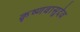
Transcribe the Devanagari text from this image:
कृष्णवासुदेव